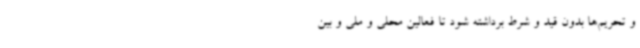
و تحریم‌ها بدون قید و شرط برداشته شود تا فعالین محلی و ملی و بین